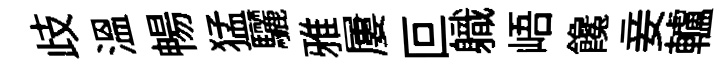
歧溫暢猛驪雅屢叵軄峿饞妾轤